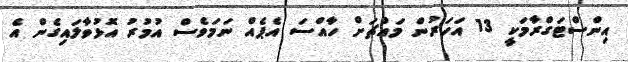
އިންސްޓަގްރާމަކީ 13 އަހަރުން މައްޗަށް ހާއްސަ އެޕެއް ނަމަވެސް އުމުރު އޮޅުވާލައިގެން އެ